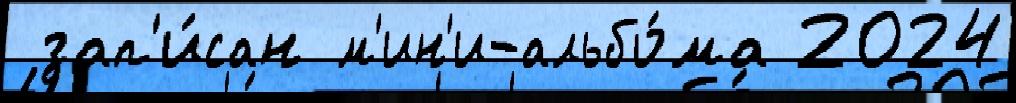
 зап'и́сан м'ин'и-альбо́ма 2024